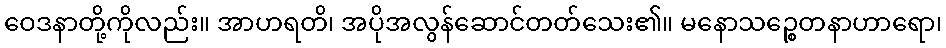
ဝေဒနာတို့ကိုလည်း။ အာဟရတိ၊ အပိုအလွန်ဆောင်တတ်သေး၏။ မနောသဉ္စေတနာဟာရော၊